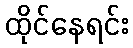
ထိုင်နေရင်း